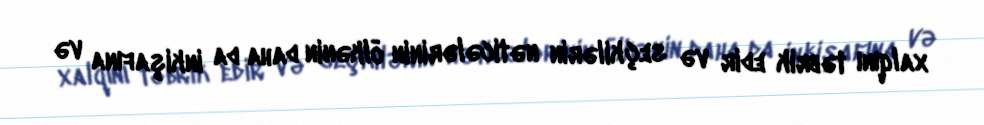
xalqını təbrik edir və seçkilərin nəticələrinin ölkənin daha da inkişafına və